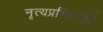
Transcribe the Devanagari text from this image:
नृत्यप्रशिक्षणाचे